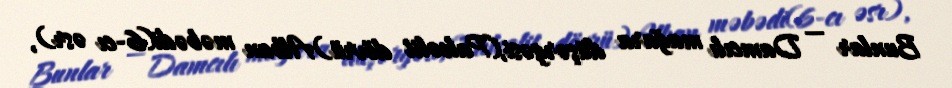
Bunlar — Damcılı mağara düşərgəsi,(Paleolit dövrü)Alban məbədi(6-cı əsr),